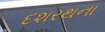
દશરથના